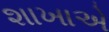
શાખાએ